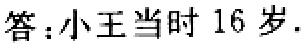
答：小王当时 16 岁.